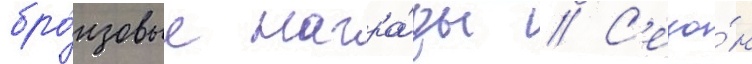
бро́нзовые награ́ды // С'езо́н